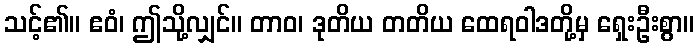
သင့်၏။ ဧဝံ၊ ဤသို့လျှင်။ တာဝ၊ ဒုတိယ တတိယ ထေရဝါဒတို့မှ ရှေးဦးစွာ။